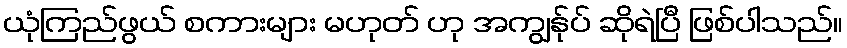
ယုံကြည်ဖွယ် စကားများ မဟုတ် ဟု အကျွန်ုပ် ဆိုရဲပြီ ဖြစ်ပါသည်။